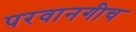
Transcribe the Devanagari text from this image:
परवानगीच